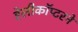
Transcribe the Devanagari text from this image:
हेलीकॉप्टरने